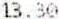
13.30